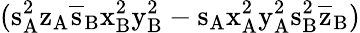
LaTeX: (\mathrm{s_{A}^{2}\mathrm{z_{A}\mathrm{\overline{{s}}_{B}\mathrm{x_{B}^{2}\mathrm{y_{B}^{2}-\mathrm{s_{A}\mathrm{x_{A}^{2}\mathrm{y_{A}^{2}\mathrm{s_{B}^{2}\mathrm{\overline{{z}}_{B})}}}}}}}}}}